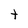
Character: t